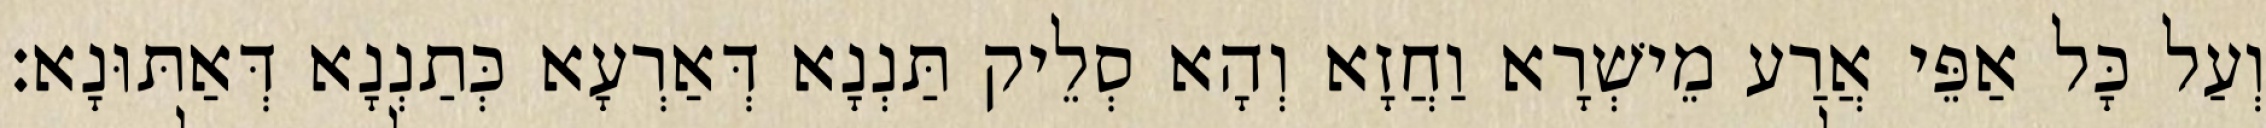
וְעַל כָּל אַפֵּי אֲרַע מֵישְׁרָא וַחֲזָא וְהָא סְלֵיק תַּנְנָא דְּאַרְעָא כְּתַנְנָא דְּאַתּוּנָא׃